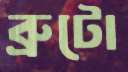
ব্রুটো